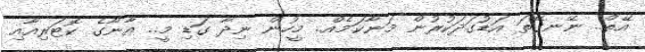
އޭތް.. ނޭނގޭތަ އަޑުގަދަކުރުން މަނާކަމެއް.. މީހުން ނިދާ ގަޑި މީ.. އާނާގެ ކޮޓަރިއާއި